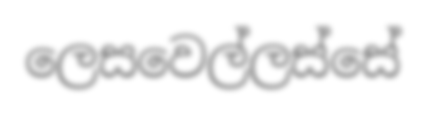
ලෙසවෙල්ලස්සේ